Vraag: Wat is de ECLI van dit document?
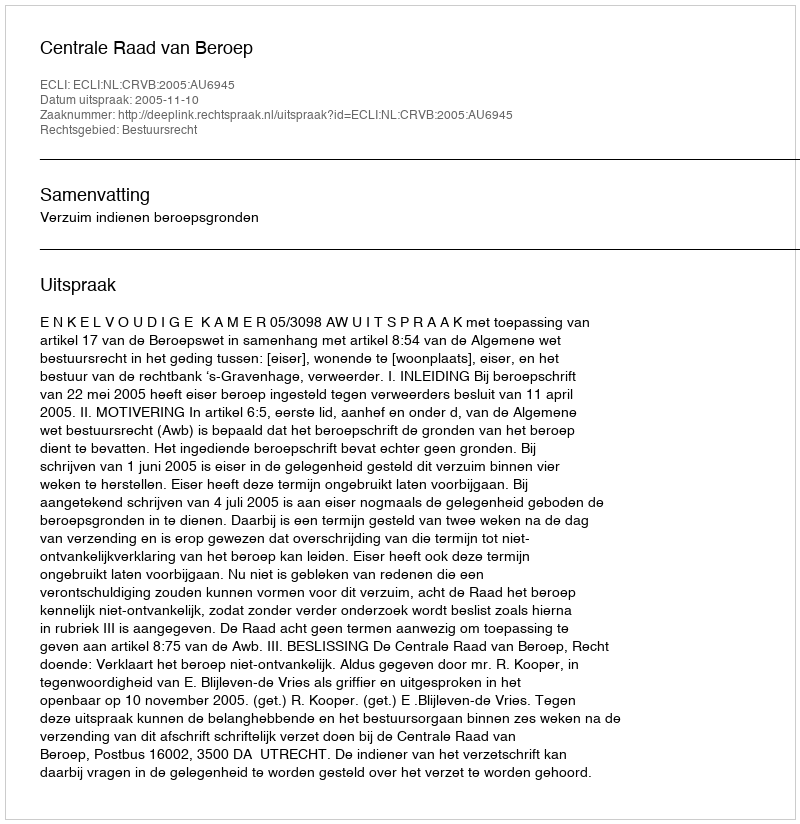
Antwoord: ECLI:NL:CRVB:2005:AU6945